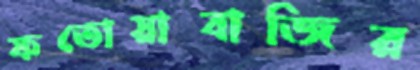
ফতোয়াবাজির